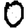
Digit: 0